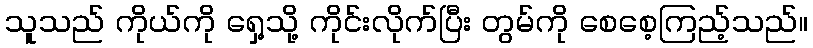
သူသည် ကိုယ်ကို ရှေ့သို့ ကိုင်းလိုက်ပြီး တွမ်ကို စေစေ့ကြည့်သည်။